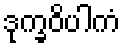
ဒုက္ခဝိပါကံ